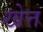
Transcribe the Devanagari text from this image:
खेत्त